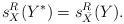
LaTeX: \begin{align*} s_{X}^R(Y^*)=s_{\bar{X}}^R(Y).\end{align*}